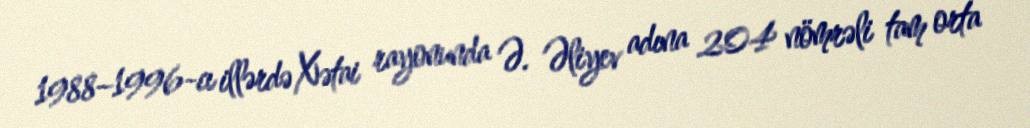
1988–1996-cı illərdə Xətai rayonunda Ə. Əliyev adına 204 nömrəli tam orta